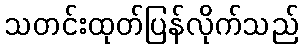
သတင်းထုတ်ပြန်လိုက်သည်